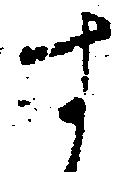
す